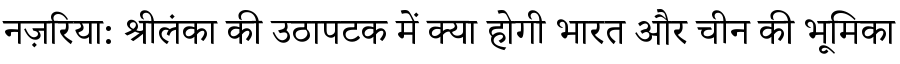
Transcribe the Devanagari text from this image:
नज़रिया: श्रीलंका की उठापटक में क्या होगी भारत और चीन की भूमिका